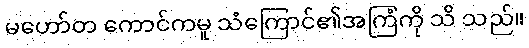
မဟော်တ ကောင်ကမူ သံကြောင်၏အကြံကို သိ သည်။